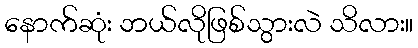
နောက်ဆုံး ဘယ်လိုဖြစ်သွားလဲ သိလား။